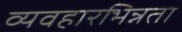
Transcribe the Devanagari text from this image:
व्यवहारभिन्नता